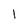
Character: 1